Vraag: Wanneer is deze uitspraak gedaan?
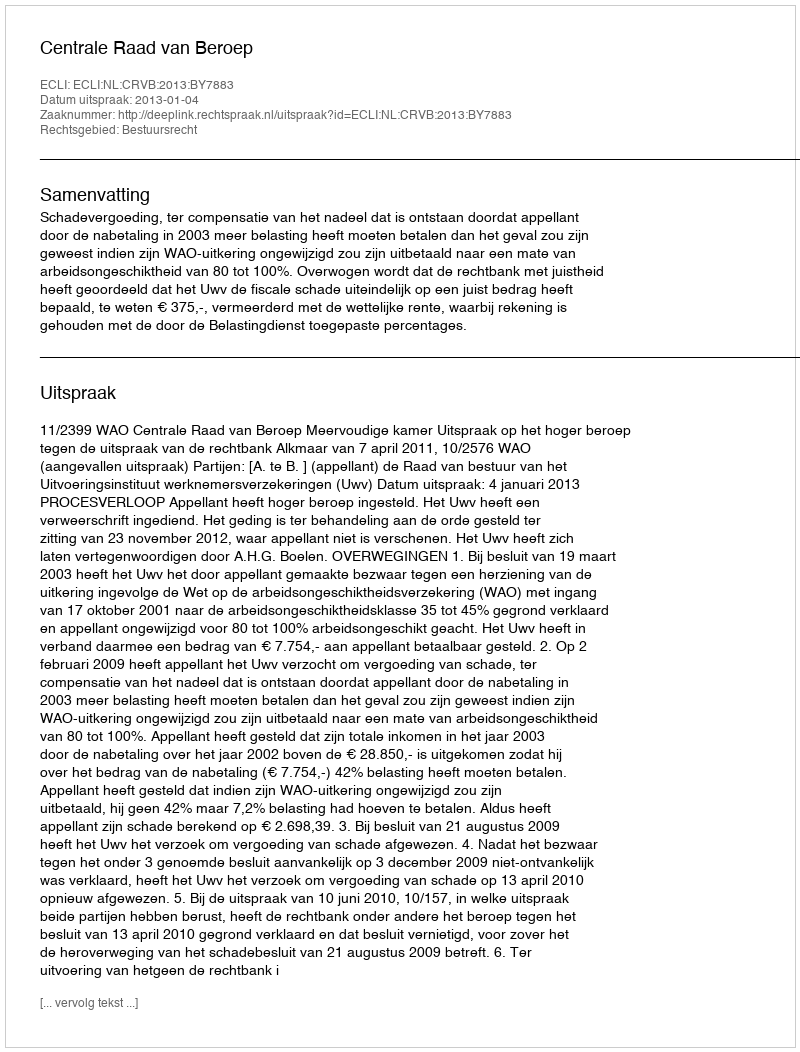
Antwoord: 2013-01-04